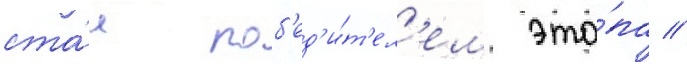
ста́л поб'ед'и́т'ел'ем эта́па //